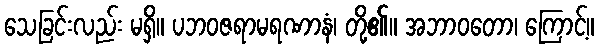
သေခြင်းလည်း မရှိ။ ပဘဝဇရာမရဏာနံ၊ တို့၏။ အဘာဝတော၊ ကြောင့်။